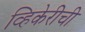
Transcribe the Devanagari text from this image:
व्हिकेरीची